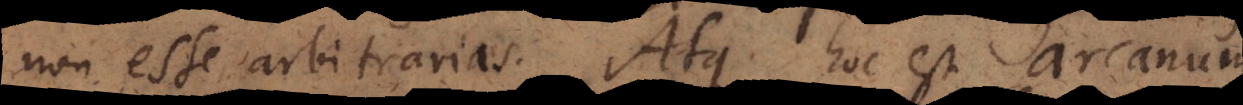
non esse arbitrarias. Atque hoc est arcanum